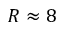
R \approx 8